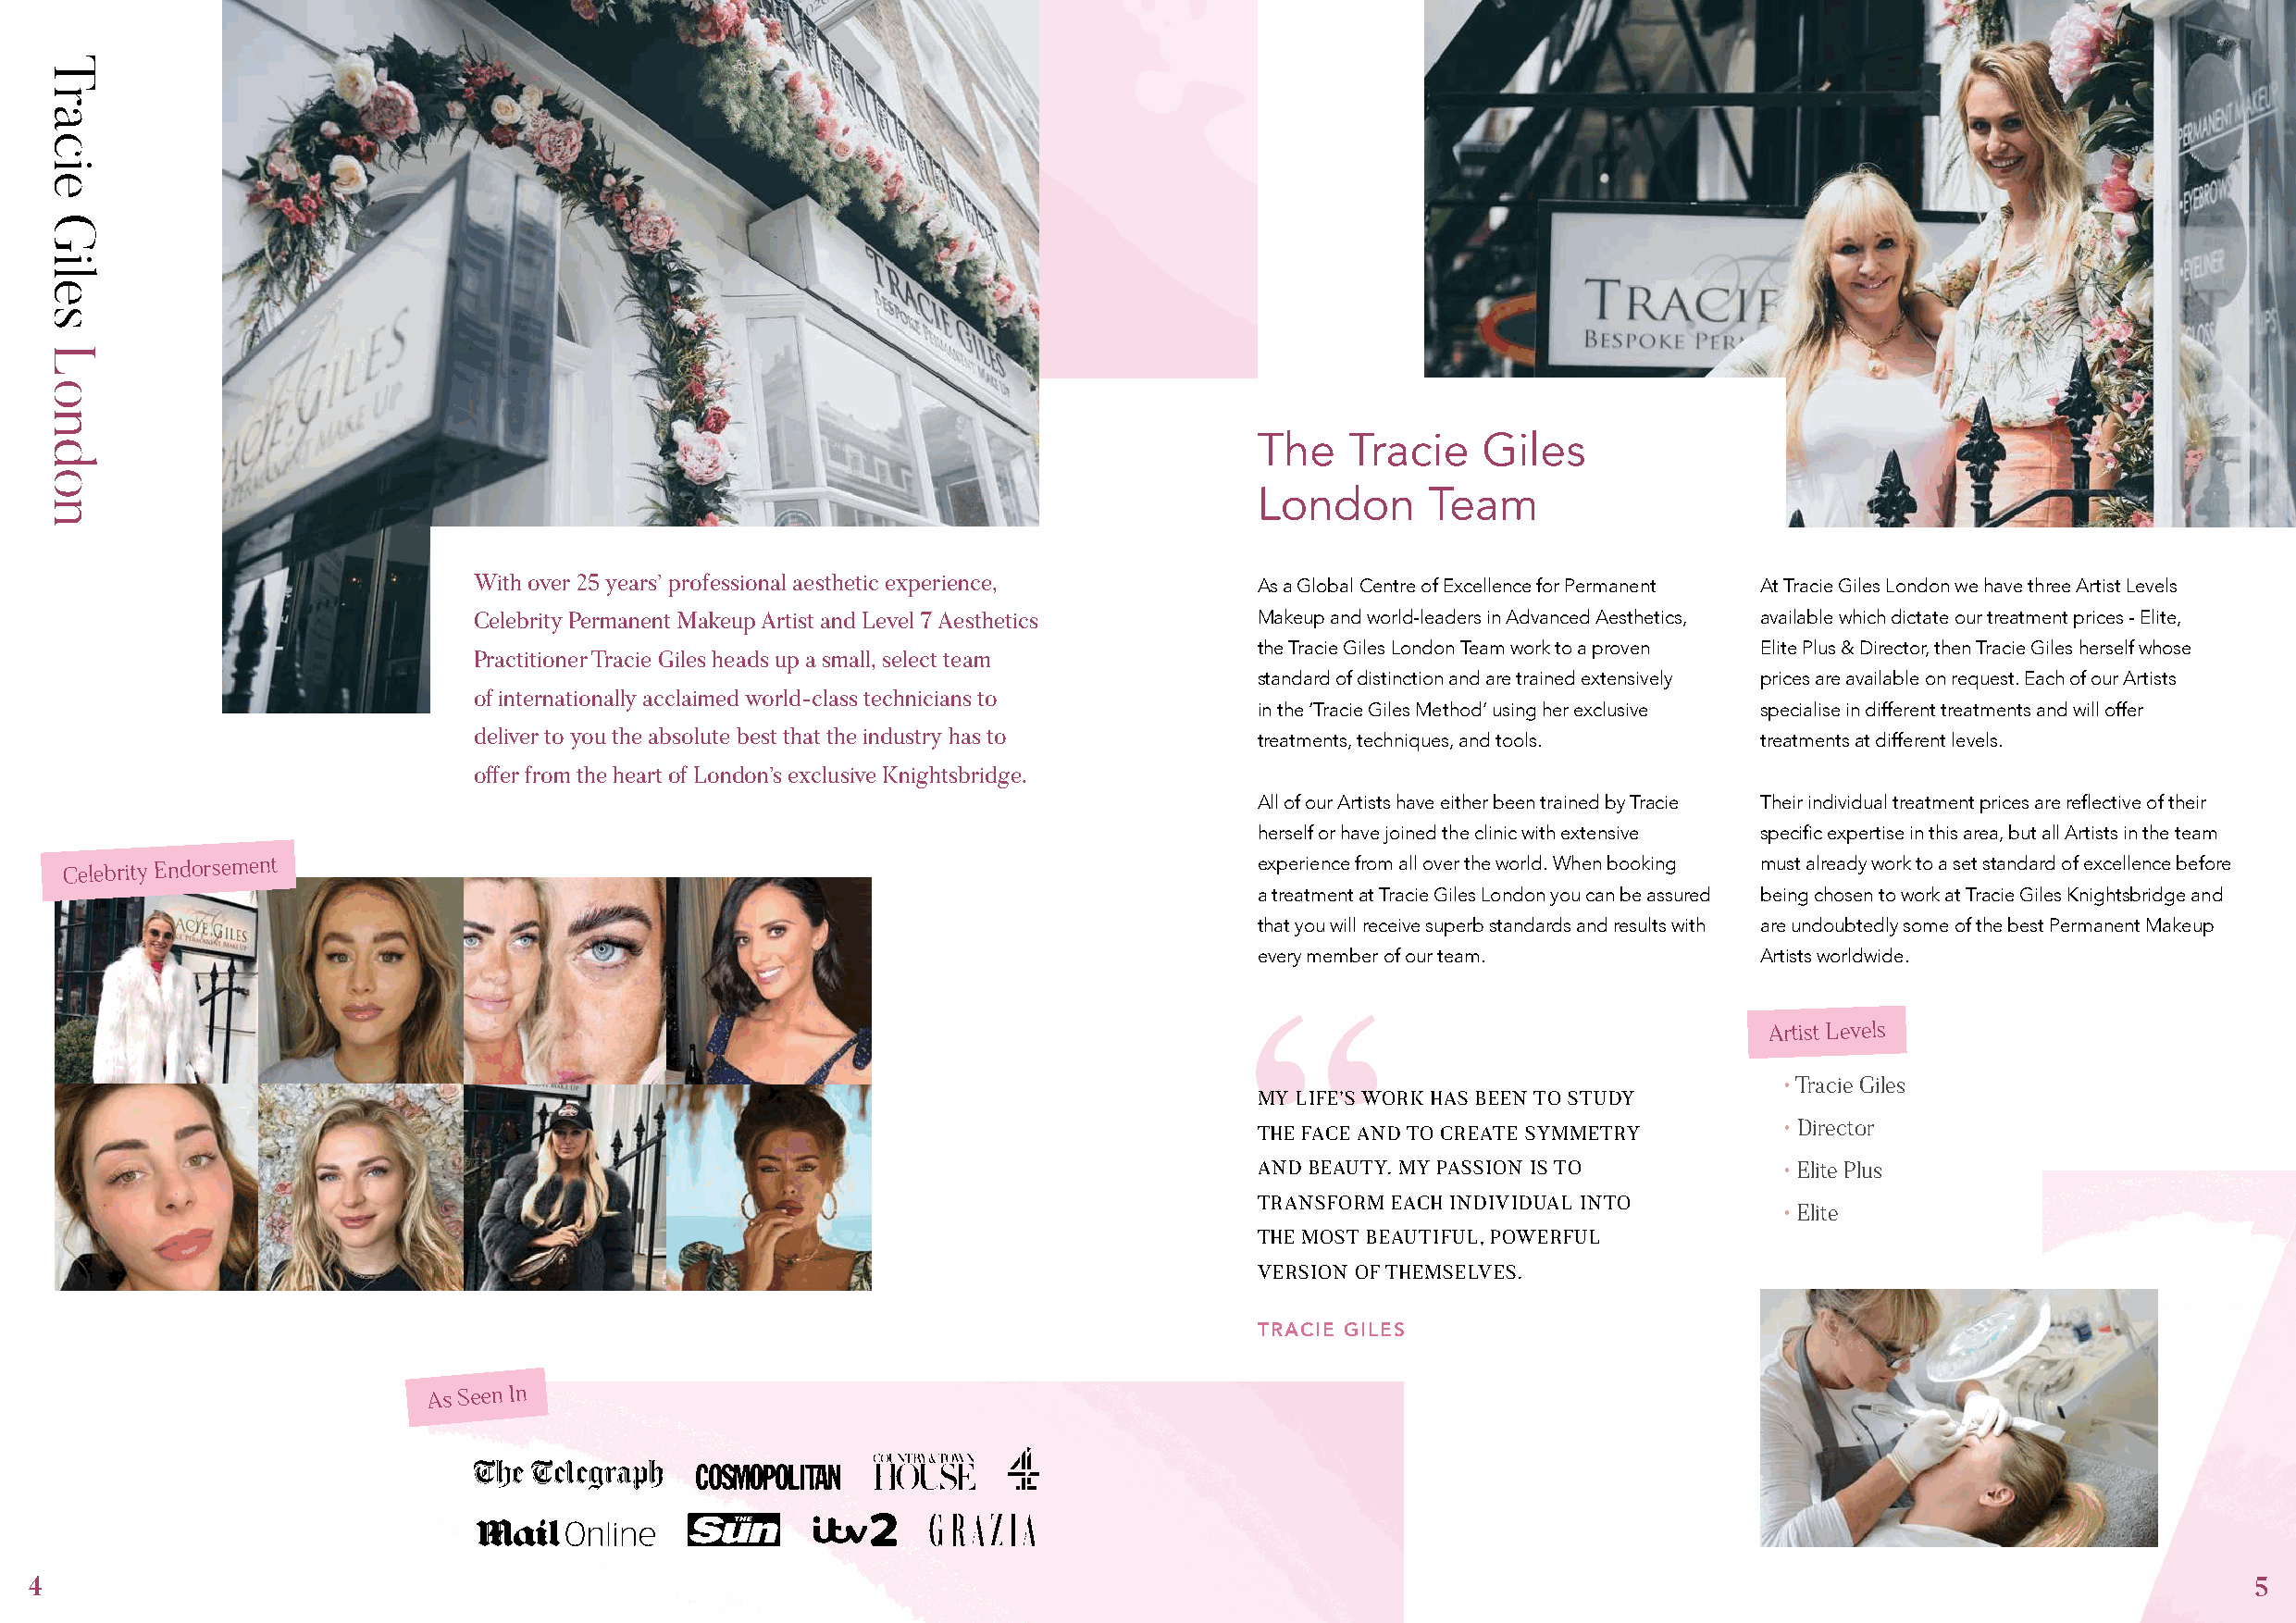
The   Tracie    Giles
 London      Team
 With over 25 years’ professional aesthetic experience,  As a Global Centre of Excellence for Permanent At Tracie Giles London we have three Artist Levels
 Celebrity Permanent Makeup Artist and Level 7 Aesthetics Makeup and world-leaders in Advanced Aesthetics, available which dictate our treatment prices - Elite,
 the Tracie Giles London Team work to a proven Elite Plus & Director, then Tracie Giles herself whose
 Practitioner Tracie Giles heads up a small, select team
 standard of distinction and are trained extensively prices are available on request. Each of our Artists
 of internationally acclaimed world-class technicians to
 in the ‘Tracie Giles Method’ using her exclusive specialise in different treatments and will offer
 deliver to you the absolute best that the industry has to treatments, techniques, and tools. treatments at different levels.
 offer from the heart of London’s exclusive Knightsbridge.
 All of our Artists have either been trained by Tracie Their individual treatment prices are reflective of their
 herself or have joined the clinic with extensive specific expertise in this area, but all Artists in the team
 Celebrity
 Endorsement                                                                    experience from all over the world. When booking must already work to a set standard of excellence before
 a treatment at Tracie Giles London you can be assured being chosen to work at Tracie Giles Knightsbridge and
 that you will receive superb standards and results with are undoubtedly some of the best Permanent Makeup
 every member of our team.           Artists worldwide.
 Artist Levels
 • Tracie Giles
 MY LIFE’S WORK HAS BEEN TO STUDY
 • Director
 THE FACE AND TO CREATE SYMMETRY
 AND BEAUTY. MY PASSION IS TO         • Elite Plus
 TRANSFORM EACH INDIVIDUAL INTO
 • Elite
 THE MOST BEAUTIFUL, POWERFUL
 VERSION OF THEMSELVES.
 TRACIE GILES
 As Seen In
 4                                                                                                                                                              5
 Tracie
 Giles
 London